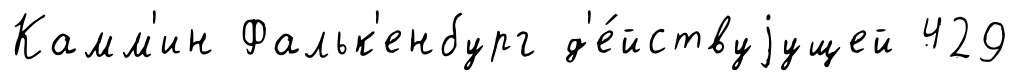
Камм'ин Фальк'енбург д'е́йствуjущей 429